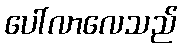
ပေါ်လာလေသည်